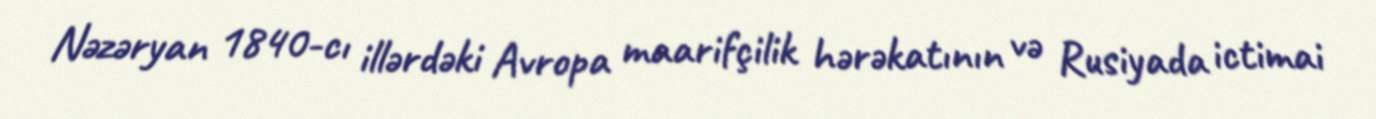
Nəzəryan 1840-cı illərdəki Avropa maarifçilik hərəkatının və Rusiyada ictimai